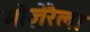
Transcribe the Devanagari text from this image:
मोज़ेरैला